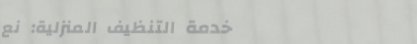
خدمة التنظيف المنزلية: نع